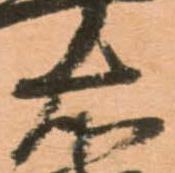
右